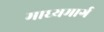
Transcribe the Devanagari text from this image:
माध्यमार्ग